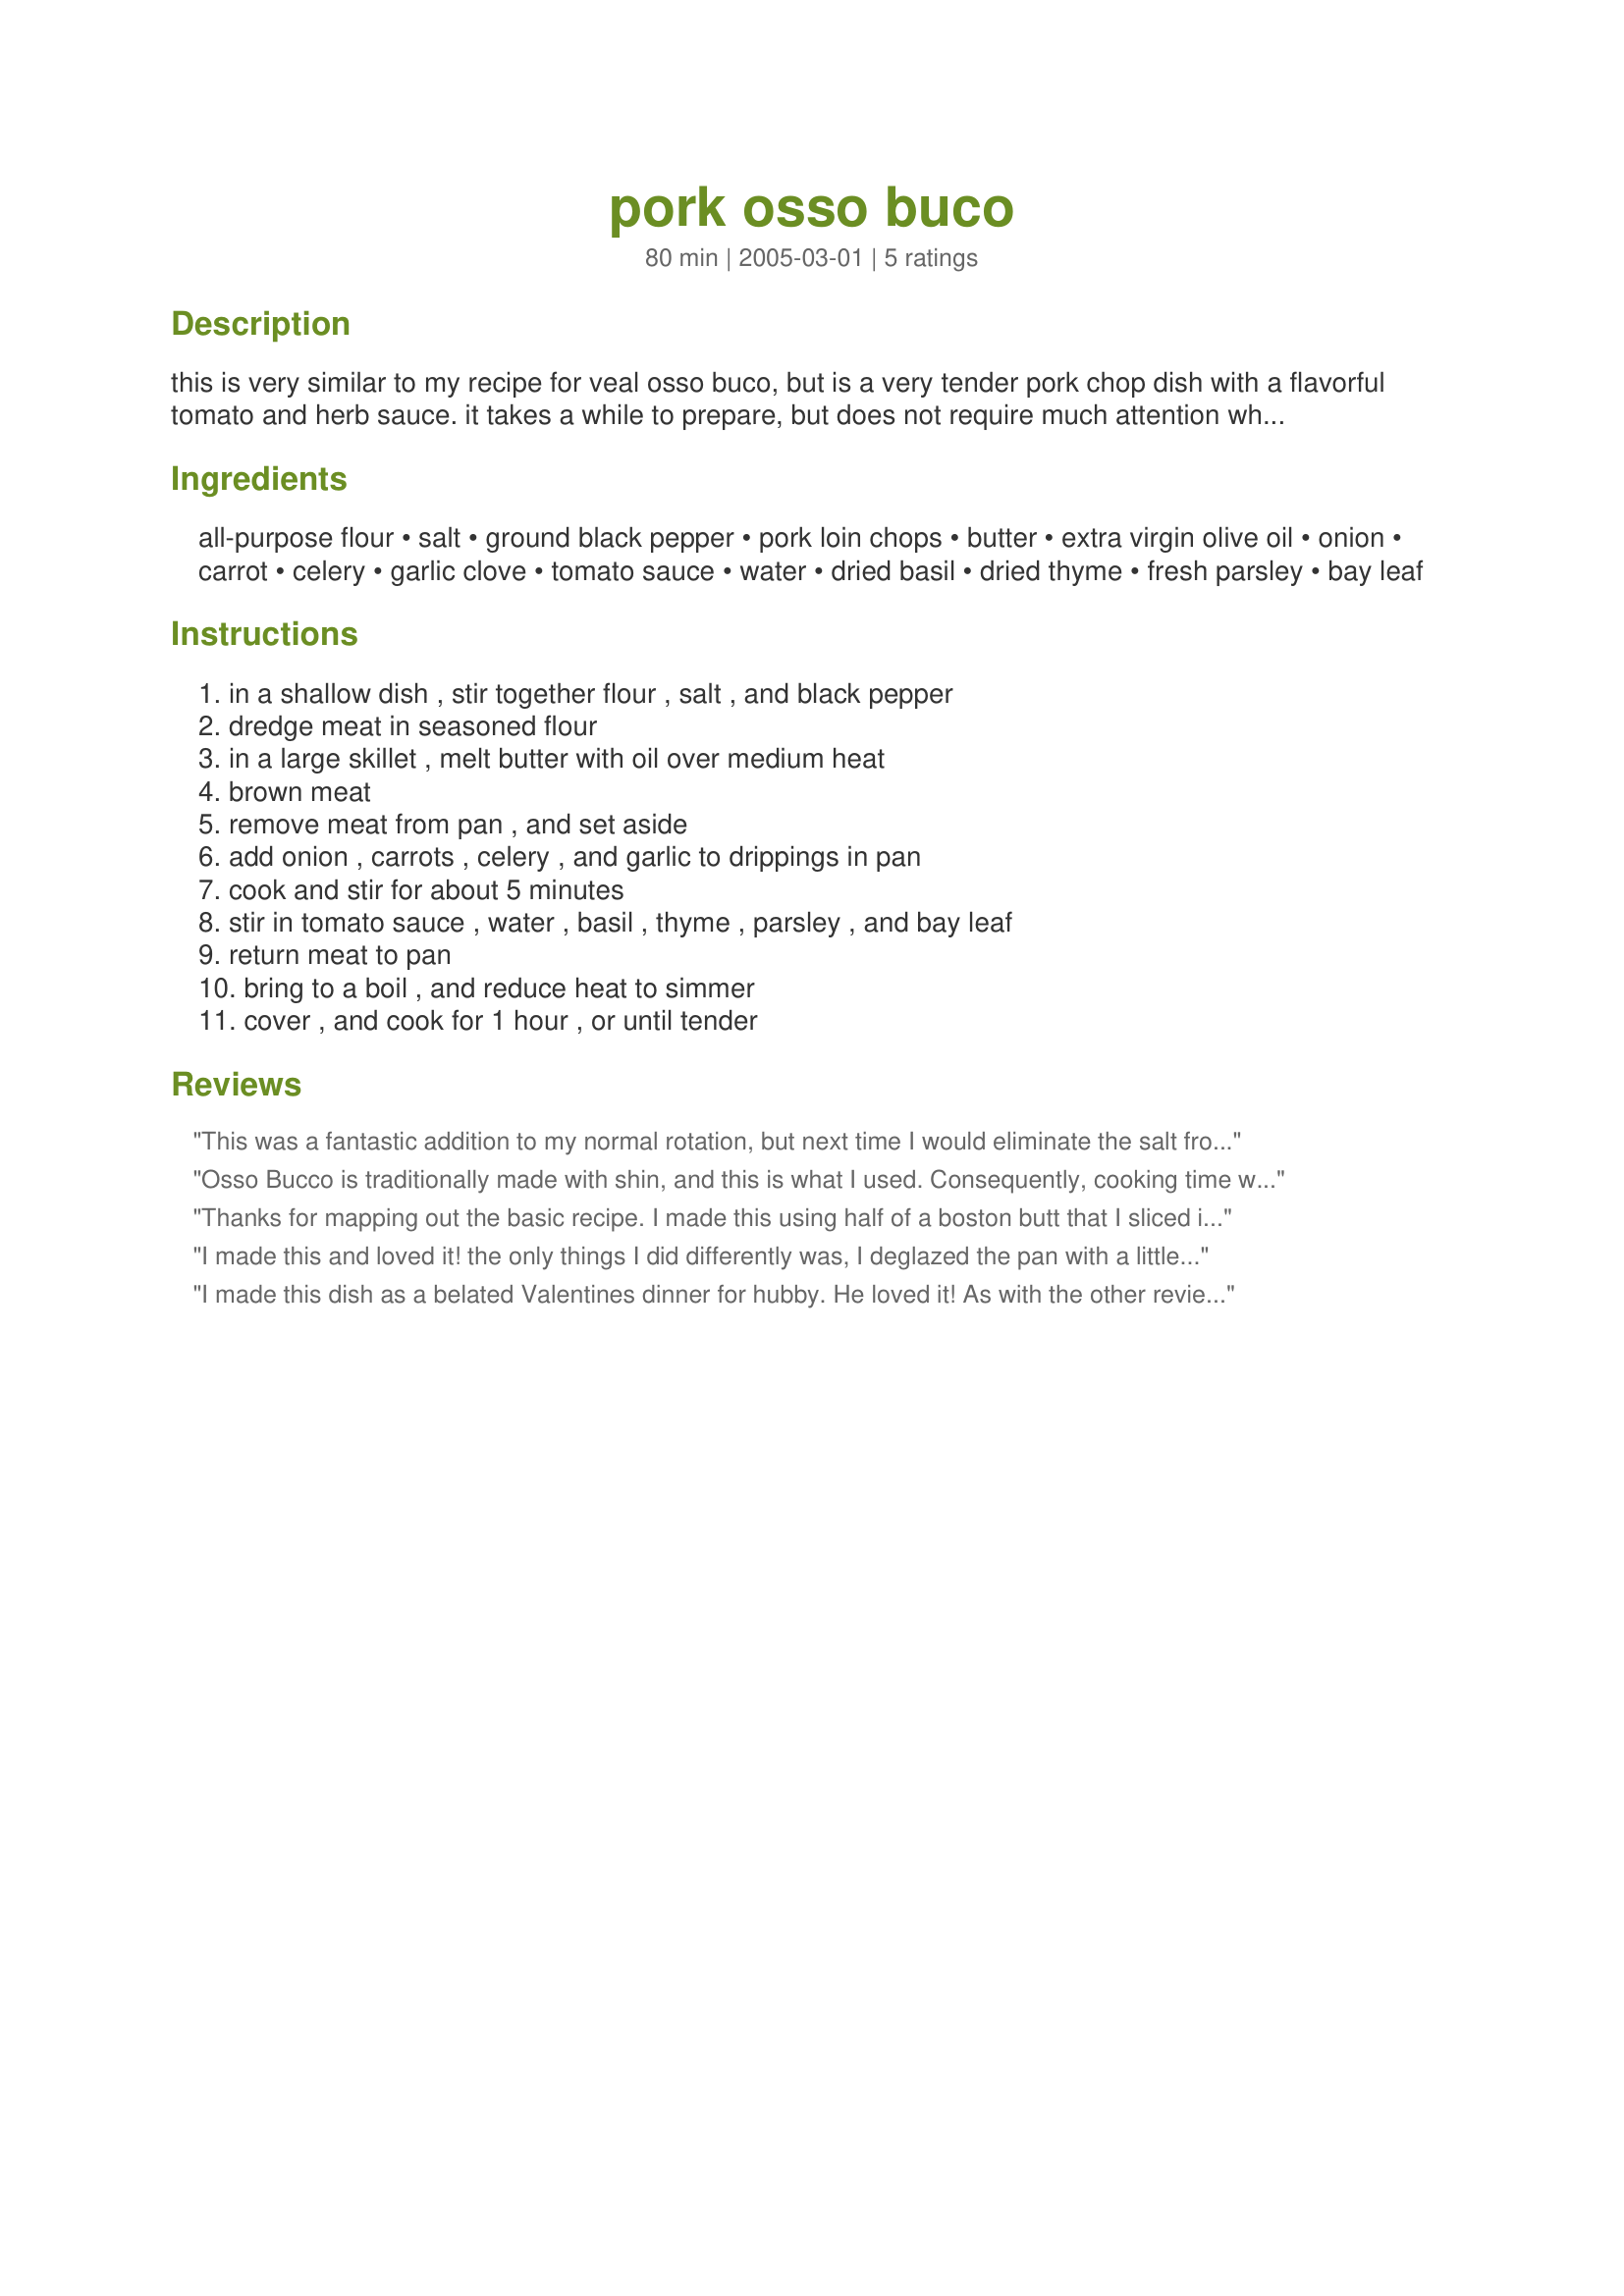
pork osso buco
Preparation time: 80 minutes

this is very similar to my recipe for veal osso buco, but is a very tender pork chop dish with a flavorful tomato and herb sauce. it takes a while to prepare, but does not require much attention while cooking.

Ingredients:
all-purpose flour, salt, ground black pepper, pork loin chops, butter, extra virgin olive oil, onion, carrot, celery, garlic clove, tomato sauce, water, dried basil, dried thyme, fresh parsley, bay leaf

Steps:
in a shallow dish , stir together flour , salt , and black pepper, dredge meat in seasoned flour, in a large skillet , melt butter with oil over medium heat, brown meat, remove meat from pan , and set aside, add onion , carrots , celery , and garlic to drippings in pan, cook and stir for about 5 minutes, stir in tomato sauce , water , basil , thyme , parsley , and bay leaf, return meat to pan, bring to a boil , and reduce heat to simmer, cover , and cook for 1 hour , or until tender

Reviews:
This was a fantastic addition to my normal rotation, but next time I would eliminate the salt from the flour mixture. I deglazed the pan with 1/4 cup of dry white wine and I baked, lid on in a 325 degree oven for two hours and served it over risotto.
Osso Bucco is traditionally made with shin, and this is what I used. Consequently, cooking time was longer - about 2 hours in a 155C oven. End result was delicious!
Thanks for mapping out the basic recipe. I made this using half of a boston butt that I sliced into 4 pieces probably 1/3 to 1/2 pound each. I used 1 medium onion, a cup of carrots and celery each and 5 cloves of garlic a can of diced tomatoes and seasoning to taste. I cooked it in a enameled pot for a little over an hour and served over brown rice that I cooked with a beef broth. Excellent, easy big meal, I'll try it again for a larger group using the oven and larger pans.
I made this and loved it! the only things I did differently was, I deglazed the pan with a little chardonnay and baked the pork in a dutch oven @ 300 for 2 hours.
I made this dish as a belated Valentines dinner for hubby. He loved it! As with the other reviewer, I baked in oven for 2 hours at 325 degrees. (It was not tender after just one hour.)
